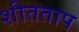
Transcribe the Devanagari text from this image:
शीतताप